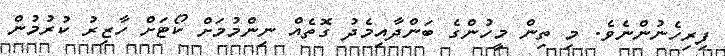
ފިރިހެނުންނެވެ. މި ތިން މީހުންގެ ބަންދާއިމެދު ގޮތެއް ނިންމުމަށް ކޯޓަށް ހާޒިރު ކުރުމުން